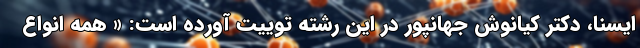
ایسنا، دکتر کیانوش جهانپور در این رشته توییت آورده است: « همه انواع